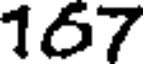
167